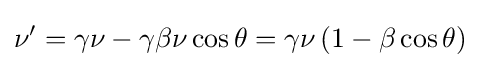
\nu '=\gamma \nu -\gamma \beta \nu \cos \theta =\gamma \nu \left(1-\beta \cos \theta \right)